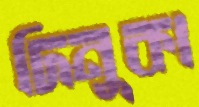
দিনুকা